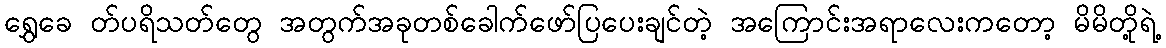
ရွှေခေ တ်ပရိသတ်တွေ အတွက်အခုတစ်ခေါက်ဖော်ပြပေးချင်တဲ့ အကြောင်းအရာလေးကတော့ မိမိတို့ရဲ့